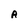
Character: A